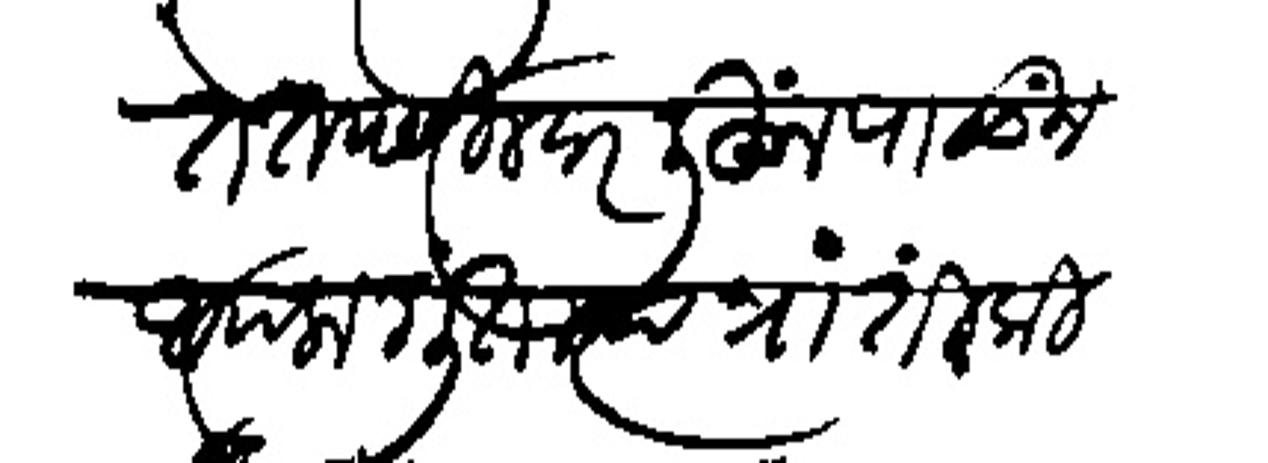
Transliteration (Devanagari): तपसोलवार लिहूंन पाठऊंन आपला गुंता स्या प्रांती कि